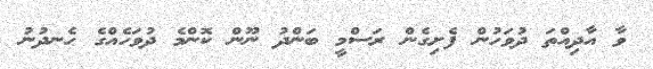
ވާ އާދިއްތަ ދުވަހުން ފެށިގެން ރަސްމީ ބަންދު ނޫން ކޮންމެ ދުވަހެއްގެ ހެނދުނު